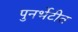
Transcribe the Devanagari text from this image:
पुनर्भेटीत